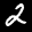
Label: 2